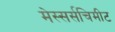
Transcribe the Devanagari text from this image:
मेस्सर्सचिमीट